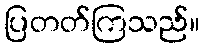
ပြတတ်ကြသည်။